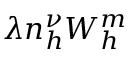
\lambda n _ { h } ^ { \nu } W _ { h } ^ { m }